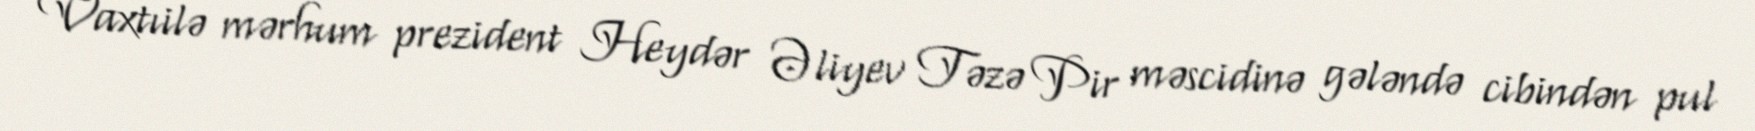
Vaxtıilə mərhum prezident Heydər Əliyev Təzə Pir məscidinə gələndə cibindən pul